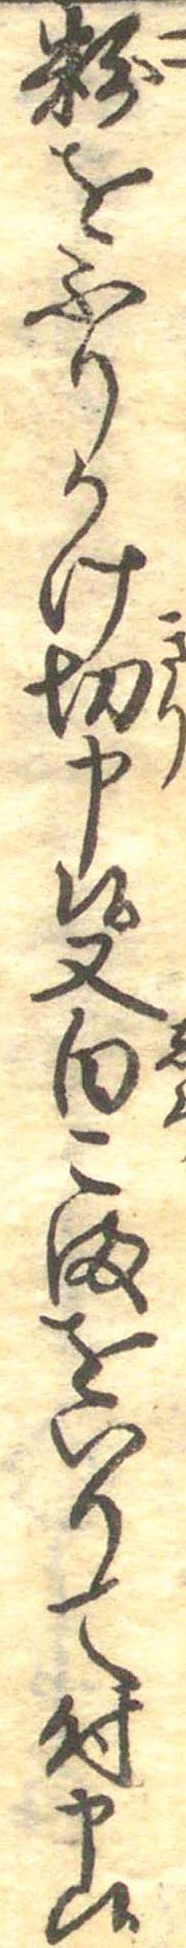
粉をふりかけ切申候又白こまをいりて付申候